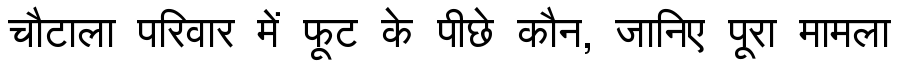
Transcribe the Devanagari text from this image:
चौटाला परिवार में फूट के पीछे कौन, जानिए पूरा मामला